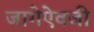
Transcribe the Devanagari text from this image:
जागेऐवजी